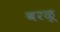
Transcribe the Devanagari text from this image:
बरळू